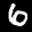
Label: 6